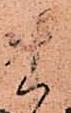
貴